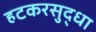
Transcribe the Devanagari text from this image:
हटकरसुद्धा